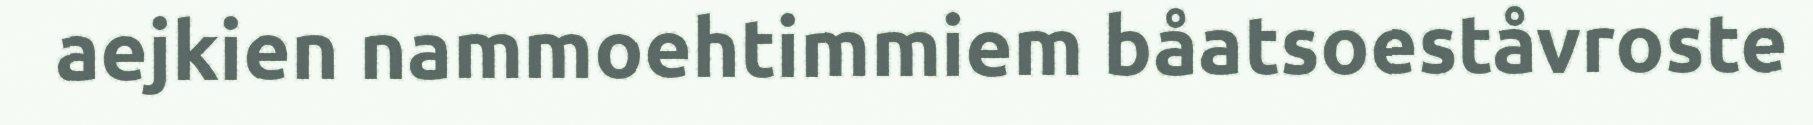
aejkien nammoehtimmiem båatsoeståvroste